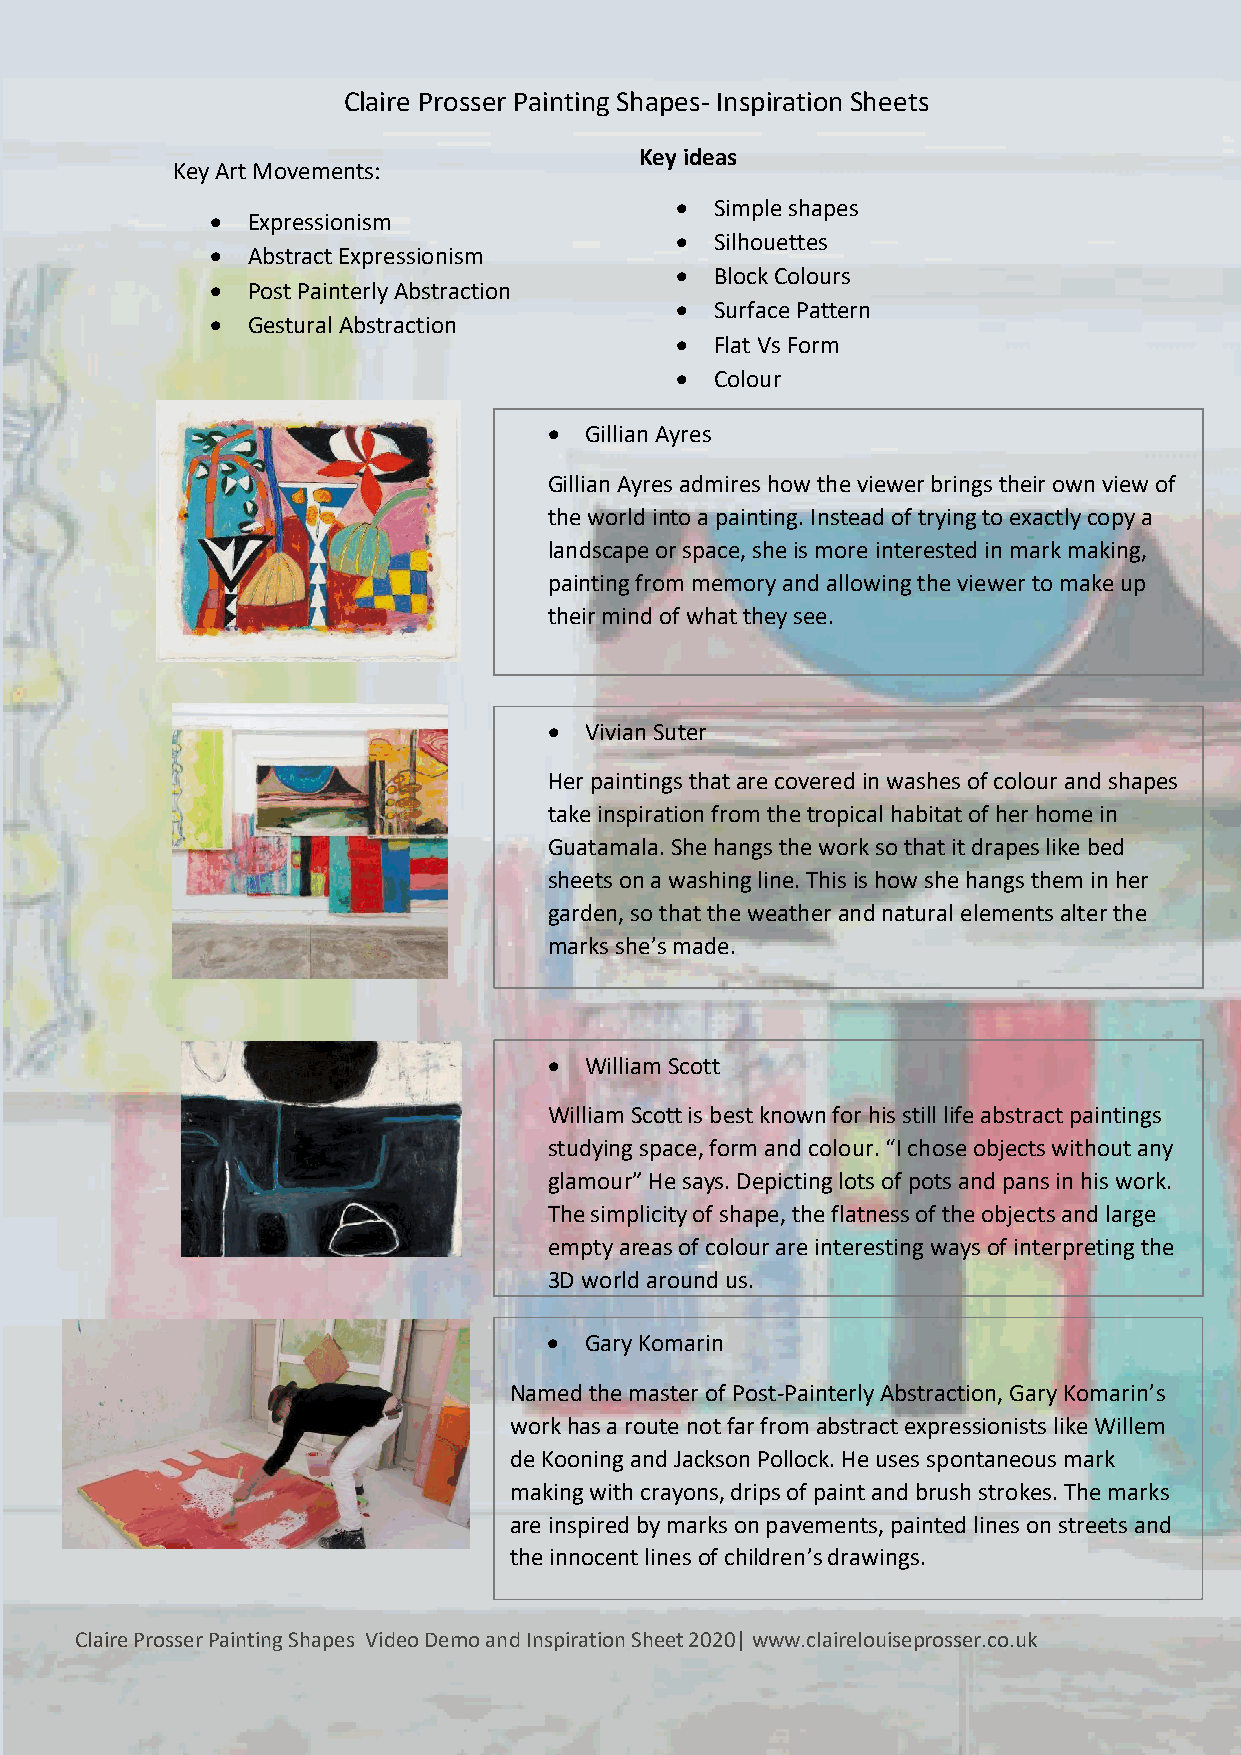
Claire Prosser Painting Shapes- Inspiration Sheets
 Key ideas
 Key Art Movements:
 • Simple shapes
 • Expressionism
 • Silhouettes
 • Abstract Expressionism
 • Block Colours
 • Post Painterly Abstraction
 • Surface Pattern
 • Gestural Abstraction
 • Flat Vs Form
 • Colour
 •  Gillian Ayres
 Gillian Ayres admires how the viewer brings their own view of
 the world into a painting. Instead of trying to exactly copy a
 landscape or space, she is more interested in mark making,
 painting from memory and allowing the viewer to make up
 their mind of what they see.
 •  Vivian Suter
 Her paintings that are covered in washes of colour and shapes
 take inspiration from the tropical habitat of her home in
 Guatamala. She hangs the work so that it drapes like bed
 sheets on a washing line. This is how she hangs them in her
 garden, so that the weather and natural elements alter the
 marks she’s made.
 •  William Scott
 William Scott is best known for his still life abstract paintings
 studying space, form and colour. “I chose objects without any
 glamour” He says. Depicting lots of pots and pans in his work.
 The simplicity of shape, the flatness of the objects and large
 empty areas of colour are interesting ways of interpreting the
 3D world around us.
 •  Gary Komarin
 Named the master of Post-Painterly Abstraction, Gary Komarin’s
 work has a route not far from abstract expressionists like Willem
 de Kooning and Jackson Pollock. He uses spontaneous mark
 making with crayons, drips of paint and brush strokes. The marks
 are inspired by marks on pavements, painted lines on streets and
 the innocent lines of children’s drawings.
 Claire Prosser Painting Shapes Video Demo and Inspiration Sheet 2020| www.clairelouiseprosser.co.uk